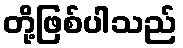
တို့ဖြစ်ပါသည်